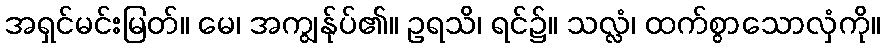
အရှင်မင်းမြတ်။ မေ၊ အကျွန်ုပ်၏။ ဥရသိ၊ ရင်၌။ သလ္လံ၊ ထက်စွာသောလှံကို။